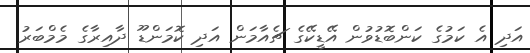
އަދި އެ ކަމުގެ ކަންބޮޑުވުން އޭޑީކޭގެ ޗެއާމަން އަދި ކޮމަންޑޫ ދާއިރާގެ މެމްބަރު